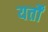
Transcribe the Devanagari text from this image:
यर्तों